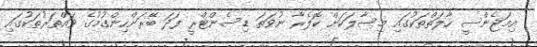
އިމަޖެންސީ ހާލަތްތަކުގައި މިސާލަކަށް ކޮލެރާ ނުވަތަ ޑިސެންޓްރީ ފަދަ ބޭރަށްހިންގުމުގެ ވައްތަރުތަކުގައި